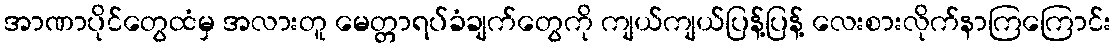
အာဏာပိုင်တွေထံမှ အလားတူ မေတ္တာရပ်ခံချက်တွေကို ကျယ်ကျယ်ပြန့်ပြန့် လေးစားလိုက်နာကြကြောင်း